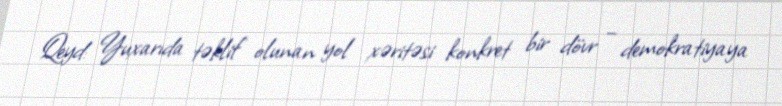
Qeyd: Yuxarıda təklif olunan yol xəritəsi konkret bir dövr – demokratiyaya